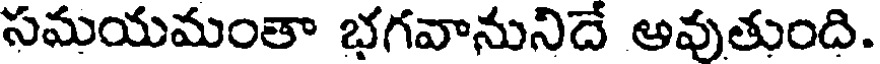
సమయమంతా భగవానునిదే అవుతుంది.